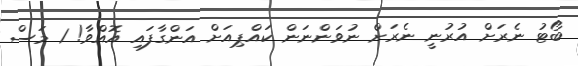
ބޯޓު ނެރަށް އުރުނީ ނެރަށް ނުވަންނަން ކައްޕިއަށް އަންގާފައި އޮއްވާ! 1 މަސް